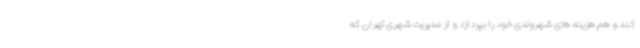
کند و هم هزینه های شهروندی خود را بپردازد و از مدیریت شهری تهران که